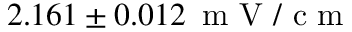
2 . 1 6 1 \pm 0 . 0 1 2 \, \mathrm { ~ m ~ V ~ / ~ c ~ m ~ }